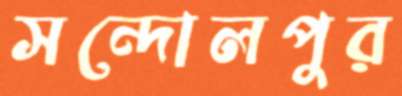
সন্দোলপুর